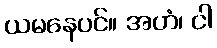
ယမနေပင်။ အဟံ၊ ငါ